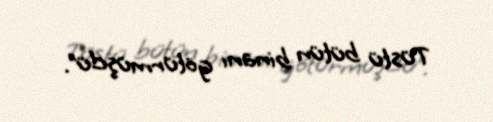
Tüstü bütün binanı götürmüşdü”.